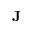
\mathbf { J }